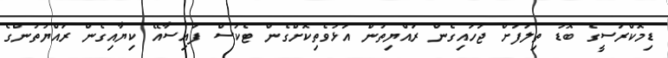
ޑިމޮކްރަސީގެ ބޮޑު ތިލަފަށް ޖަހައިގެން ރައްޔިތުން އަޅުވެތިކޮށްގެން ޓެކުސް ފައިސާއޭ ކިޔާއިގެން ރައްޔުތުންގެ